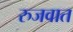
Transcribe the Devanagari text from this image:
रुजवात